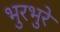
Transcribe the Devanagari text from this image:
भुरभुरे